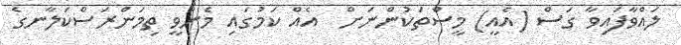
ލައްވާފައިވާ ގަސް (އެއީ) މީސްތަކުންނަށް  އެއް ކަމުގައި މެނުވީ ތިމަންރަސްކަލާނގެ